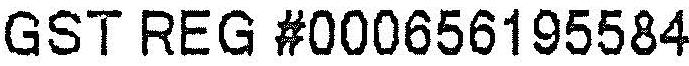
GST REG #000656195584